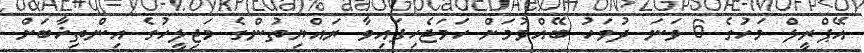
އޭޕްރީލް މަހުގެ 6 ވަަނަ ދުވަހު ބޭއްވުމަށް ހަމަޖެހިފައިވާ ރައްޔިތުންގެ މަޖިލީހުގެ އިންތިޚާބަށް